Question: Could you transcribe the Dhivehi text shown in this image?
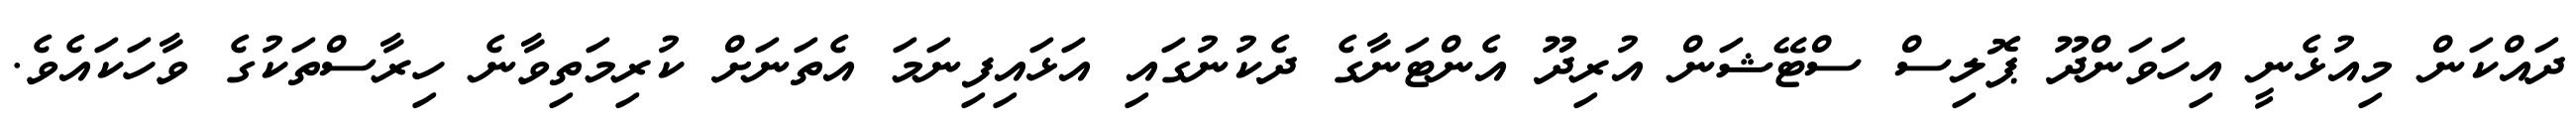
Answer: ދައްކަން މިއުޅެނީ އިހަވަންދޫ ޕޮލިސް ސްޓޭޝަން އުރިދޫ އެންޓަނާގެ ދެކުނުގައި އަޅައިފިނަމަ އެތަނަށް ކުރިމަތިވާނެ ހިރާސްތަކުގެ ވާހަކައެވެ.